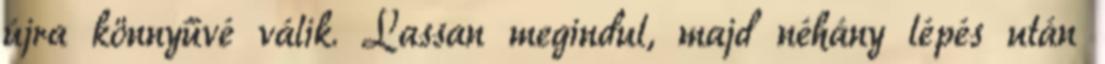
újra könnyűvé válik. Lassan megindul, majd néhány lépés után